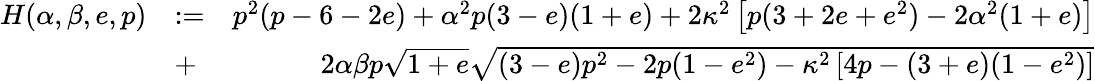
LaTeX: \begin{array}{rlr}{H(\alpha,\beta,e,p)}&{:=}&{p^{2}(p-6-2e)+\alpha^{2}p(3-e)(1+e)+2\kappa^{2}\left[p(3+2e+e^{2})-2\alpha^{2}(1+e)\right]}\\ &{+}&{2\alpha\beta p\sqrt{1+e}\sqrt{(3-e)p^{2}-2p(1-e^{2})-\kappa^{2}\left[4p-(3+e)(1-e^{2})\right]}}\end{array}